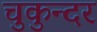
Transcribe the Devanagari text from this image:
चुकुन्दर